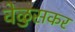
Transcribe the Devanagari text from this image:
वेळुसकर